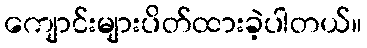
ကျောင်းများပိတ်ထားခဲ့ပါတယ်။